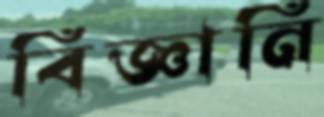
বিজ্ঞানি